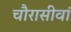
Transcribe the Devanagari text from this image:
चौरासीवां